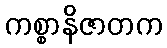
ကစ္စာနိဇာတက